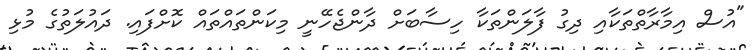
"އުސް އިމާރާތްތަކާއި ދިގު ފާލަންތަކާ ހިސާބަށް ދާންޖެހޭނީ މިކަންތައްތައް ކޮށްފައި. ދައުލަތުގެ މުޅި